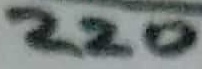
Text: 220